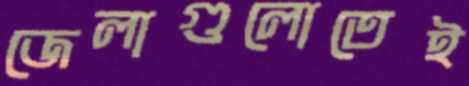
জেলাগুলোতেই